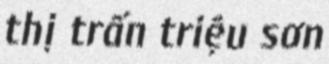
thị trấn triệu sơn